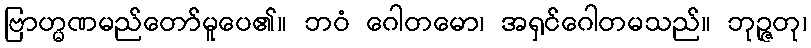
ဗြာဟ္မဏမည်တော်မူပေ၏။ ဘဝံ ဂေါတမော၊ အရှင်ဂေါတမသည်။ ဘုဉ္ဇတု၊